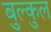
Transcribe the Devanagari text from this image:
बुल्कुल